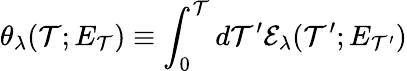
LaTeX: \theta_{\lambda}(\mathcal{T};E_{\mathcal{T}})\equiv\int_{0}^{\mathcal{T}}d\mathcal{T}^{\prime}\mathcal{{E}}_{\lambda}(\mathcal{T}^{\prime};E_{\mathcal{T}^{\prime}})